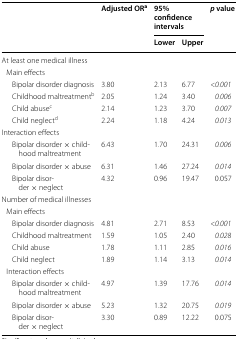
| <ROWSPAN=2>  | <ROWSPAN=2> Adjusted ORa | <COLSPAN=2> 95% confidence intervals | <ROWSPAN=2> p value |
 | Lower | Upper |
 | --- | --- | --- | --- | --- |
 | <COLSPAN=5> At least one medical illness |
 | <COLSPAN=5> Main effects |
 | Bipolar disorder diagnosis | 3.80 | 2.13 | 6.77 | <0.001 |
 | Childhood maltreatmentb | 2.05 | 1.24 | 3.40 | 0.006 |
 | Child abusec | 2.14 | 1.23 | 3.70 | 0.007 |
 | Child neglectd | 2.24 | 1.18 | 4.24 | 0.013 |
 | <COLSPAN=5> Interaction effects |
 | Bipolar disorder × childhood maltreatment | 6.43 | 1.70 | 24.31 | 0.006 |
 | Bipolar disorder × abuse | 6.31 | 1.46 | 27.24 | 0.014 |
 | Bipolar disorder × neglect | 4.32 | 0.96 | 19.47 | 0.057 |
 | <COLSPAN=5> Number of medical illnesses |
 | <COLSPAN=5> Main effects |
 | Bipolar disorder diagnosis | 4.81 | 2.71 | 8.53 | <0.001 |
 | Childhood maltreatment | 1.59 | 1.05 | 2.40 | 0.028 |
 | Child abuse | 1.78 | 1.11 | 2.85 | 0.016 |
 | Child neglect | 1.89 | 1.14 | 3.13 | 0.014 |
 | <COLSPAN=5> Interaction effects |
 | Bipolar disorder × childhood maltreatment | 4.97 | 1.39 | 17.76 | 0.014 |
 | Bipolar disorder × abuse | 5.23 | 1.32 | 20.75 | 0.019 |
 | Bipolar disorder × neglect | 3.30 | 0.89 | 12.22 | 0.075 |